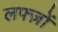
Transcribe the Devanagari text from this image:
लफ्ज़ों